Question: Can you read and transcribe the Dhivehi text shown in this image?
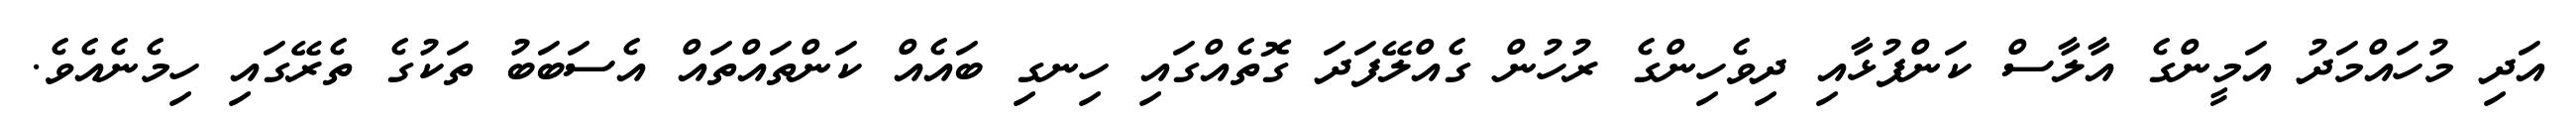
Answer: އަދި މުހައްމަދު އަމީންގެ އާލާސް ކަންފުޅާއި ދިވެހިންގެ ރުހުން ގެއްލޭފަދަ ގޮތެއްގައި ހިނގި ބައެއް ކަންތައްތައް އެސަބަބު ތަކުގެ ތެރޭގައި ހިމެނެއެވެ.